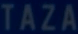
TAZA